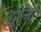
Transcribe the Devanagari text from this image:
चर्लो